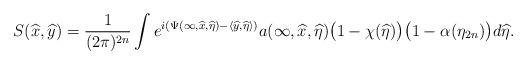
LaTeX: \begin{align*} S(\widehat x,\widehat y)=\frac{1}{(2\pi)^{2n}}\int e^{i(\Psi(\infty,\widehat x,\widehat\eta)-\langle\widehat y,\widehat\eta\rangle)}a(\infty,\widehat x,\widehat\eta)\big(1-\chi(\widehat\eta)\big)\big(1-\alpha(\eta_{2n})\big)d\widehat\eta.\end{align*}